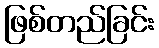
ဖြစ်တည်ခြင်း